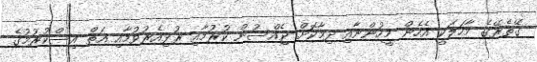
ގޭތެރޭގެ މާހަލަކީ އެހެން މީހުންނާއި ދިމާކޮށް ޖެއްސުން ކުރުމާއި ރުޅިއެރުވުމާއި އަތް އިސްކުރުމުގެ